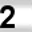
Digit: 2